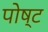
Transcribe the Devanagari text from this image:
पोष्ट